Plague in India, 1896, 1897 - Volume 1
Year: 1896
Disease focus: Plague
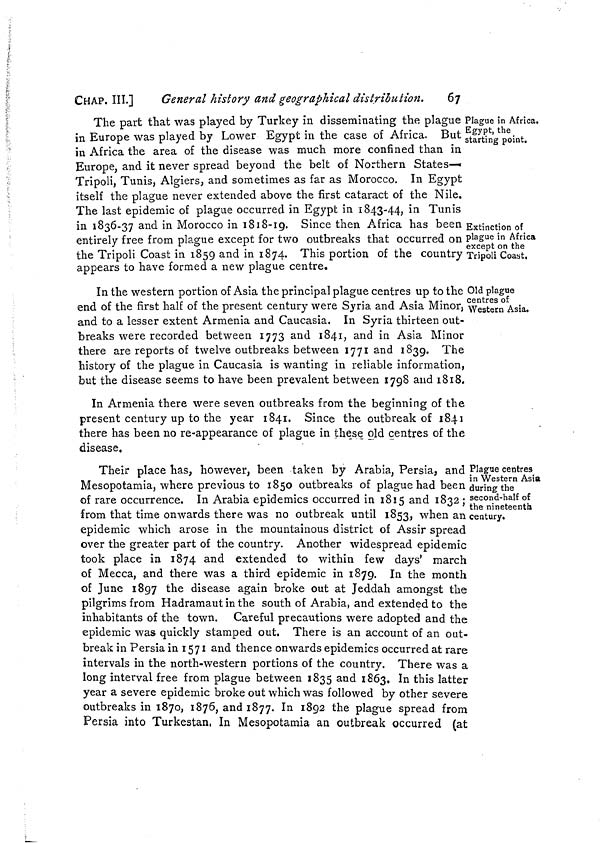
CHAP. III.]
General history and geographical distribution.
67
Plague in Africa.
Egypt, the
starting point.
Extinction of
plague in Africa
except on the
Tripoli Coast.
The part that was played by Turkey in disseminating the plague
in Europe was played by Lower Egypt in the case of Africa.
But
in Africa the area of the disease was much more confined than in
Europe, and it never spread beyond the belt of Northern States—
Tripoli, Tunis, Algiers, and sometimes as far as Morocco. In Egypt
itself the plague never extended above the first cataract of the Nile.
The last epidemic of plague occurred in Egypt in 1843-44, in Tunis
in 1836-37 and in Morocco in 1818-19. Since then Africa has been
entirely free from plague except for two outbreaks that occurred on
the Tripoli Coast in 1859 and in 1874. This portion of the country
appears to have formed a new plague centre.
Old plague
centres of
Western Asia.
In the western portion of Asia the principal plague centres up to the
end of the first half of the present century were Syria and Asia Minor,
and to a lesser extent Armenia and Caucasia. In Syria thirteen out-
breaks were recorded between 1773 and 1841, and in Asia Minor
there are reports of twelve outbreaks between 1771 and 1839. The
history of the plague in Caucasia is wanting in reliable information,
but the disease seems to have been prevalent between 1798 and 1818.
In Armenia there were seven outbreaks from the beginning of the
present century up to the year 1841. Since the outbreak of 1841
there has been no re-appearance of plague in these old centres of the
disease.
Plague centres
in Western Asia
during the
second-half of
the nineteenth
century.
Their place has, however, been taken by Arabia, Persia, and
Mesopotamia, where previous to 1850 outbreaks of plague had been
of rare occurrence. In Arabia epidemics occurred in 1815 and 1832;
from that time onwards there was no outbreak until 1853, when an
epidemic which arose in the mountainous district of Assir spread
over the greater part of the country. Another widespread epidemic
took place in 1874 and extended to within few days' march
of Mecca, and there was a third epidemic in 1879. In the month
of June 1897 the disease again broke out at Jeddah amongst the
pilgrims from Hadramaut in the south of Arabia, and extended to the
inhabitants of the town. Careful precautions were adopted and the
epidemic was quickly stamped out. There is an account of an out-
break in Persia in 1571 and thence onwards epidemics occurred at rare
intervals in the north-western portions of the country. There was a
long interval free from plague between 1835 and 1863. In this latter
year a severe epidemic broke out which was followed by other severe
outbreaks in 1870, 1876, and 1877. In 1892 the plague spread from
Persia into Turkestan, In Mesopotamia an outbreak occurred (at